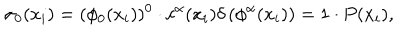
LaTeX: \sigma _ { 0 } ( x _ { i } ) = ( \phi _ { 0 } ( x _ { i } ) ) ^ { 0 } \cdot c ^ { \alpha } ( x _ { i } ) \delta \left( \phi ^ { \alpha } ( x _ { i } ) \right) = 1 \cdot P ( x _ { i } ) ,